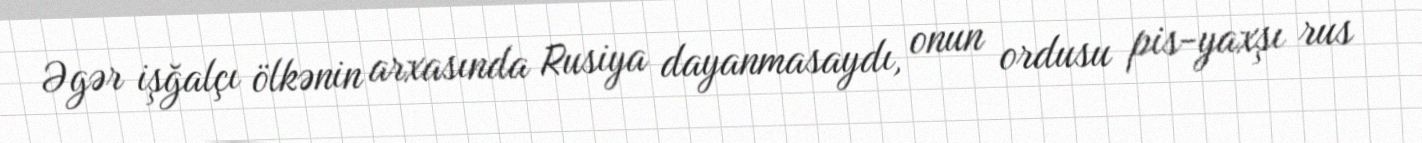
Əgər işğalçı ölkənin arxasında Rusiya dayanmasaydı, onun ordusu pis-yaxşı rus